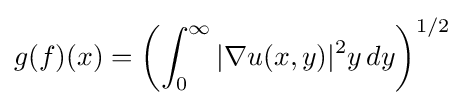
g(f)(x)=\left(\int _{0}^{\infty }|\nabla u(x,y)|^{2}y\,dy\right)^{1/2}